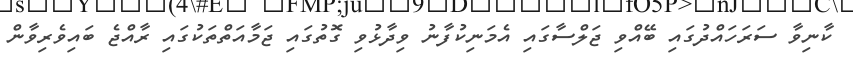
ކާނިވާ ސަރަހައްދުގައި ބޭއްވި ޖަލްސާގައި އެމަނިކުފާނު ވިދާޅުވި ގޮތުގައި ޖަމާއަތްތަކުގައި ރާއްޖެ ބައިވެރިވާން